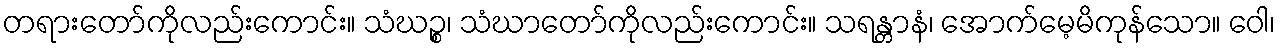
တရားတော်ကိုလည်းကောင်း။ သံဃဉ္စ၊ သံဃာတော်ကိုလည်းကောင်း။ သရန္တာနံ၊ အောက်မေ့မိကုန်သော။ ဝေါ၊